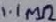
Text: 1.1MΩ